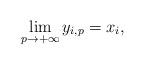
LaTeX: \begin{align*}\lim_{p\rightarrow +\infty}y_{i,p}= x_i,\end{align*}